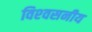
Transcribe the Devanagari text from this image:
विश्‍वसनीय